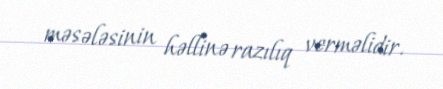
məsələsinin həllinə razılıq verməlidir.